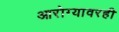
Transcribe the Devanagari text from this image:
आरोग्यावरही